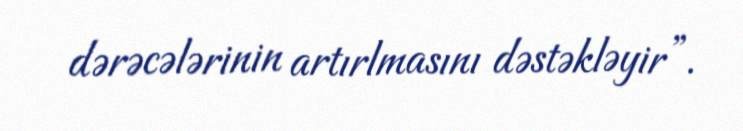
dərəcələrinin artırlmasını dəstəkləyir”.